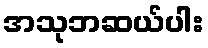
အသုဘဆယ်ပါး